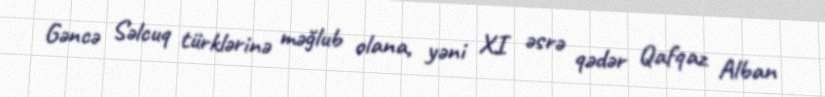
Gəncə Səlcuq türklərinə məğlub olana, yəni XI əsrə qədər Qafqaz Alban